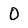
Character: 0